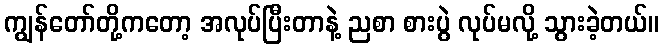
ကျွန်တော်တို့ကတော့ အလုပ်ပြီးတာနဲ့ ညစာ စားပွဲ လုပ်မလို့ သွားခဲ့တယ်။